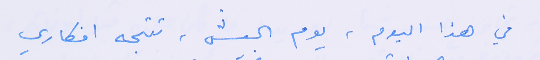
في هذا اليوم، يوم الجيش، تتجه افكاري